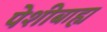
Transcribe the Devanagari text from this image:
पेशीबाह्य